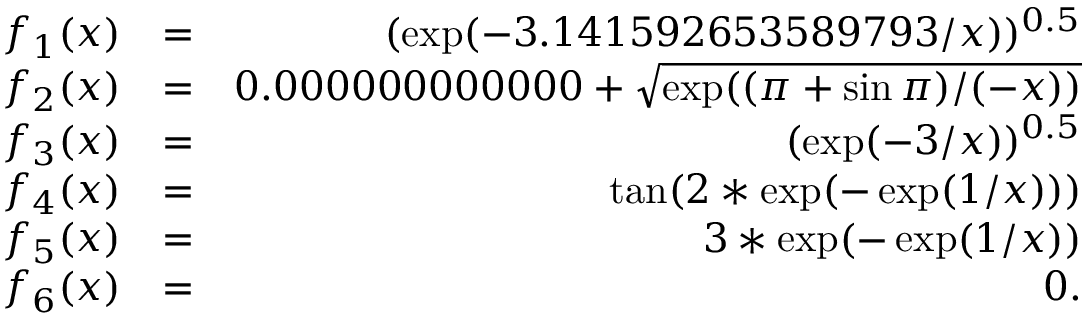
\begin{array} { r l r } { f _ { 1 } ( x ) } & { = } & { ( \exp ( - 3 . 1 4 1 5 9 2 6 5 3 5 8 9 7 9 3 / x ) ) ^ { 0 . 5 } } \\ { f _ { 2 } ( x ) } & { = } & { 0 . 0 0 0 0 0 0 0 0 0 0 0 0 + \sqrt { \exp ( ( \pi + \sin \pi ) / ( - x ) ) } } \\ { f _ { 3 } ( x ) } & { = } & { ( \exp ( - 3 / x ) ) ^ { 0 . 5 } } \\ { f _ { 4 } ( x ) } & { = } & { \tan ( 2 * \exp ( - \exp ( 1 / x ) ) ) } \\ { f _ { 5 } ( x ) } & { = } & { 3 * \exp ( - \exp ( 1 / x ) ) } \\ { f _ { 6 } ( x ) } & { = } & { 0 . } \end{array}